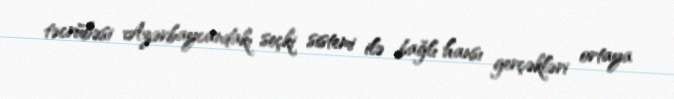
təcrübəsi Azərbaycandakı seçki sistemi ilə bağlı hansı gerçəkləri ortaya